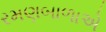
રમણબાળાએ